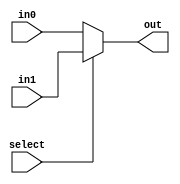
module mux_2_5b(out, select, in0, in1);

    input select;
    input [4:0] in0, in1;
    output [4:0] out;
    assign out = select ? in1 : in0;

endmodule